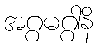
အဂ္ဂမဂ္ဂါနိ